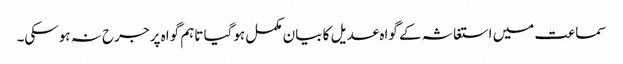
سماعت میں استغاثہ کے گواہ عدیل کا بیان مکمل ہوگیا تاہم گواہ پر جرح نہ ہوسکی۔